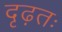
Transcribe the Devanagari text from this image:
दृढ़तः